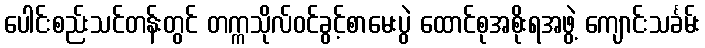
ပေါင်းစည်းသင်တန်းတွင် တက္ကသိုလ်ဝင်ခွင့်စာမေးပွဲ ထောင်စုအစိုးရအဖွဲ့ ကျောင်းသင်္ခမ်း